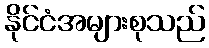
နိုင်ငံအများစုသည်